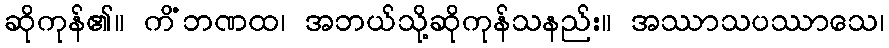
ဆိုကုန်၏။ ကိံဘဏထ၊ အဘယ်သို့ဆိုကုန်သနည်း။ အဿာသပဿာသေ၊